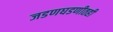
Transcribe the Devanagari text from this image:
जडणघडणीतही